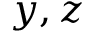
y , z